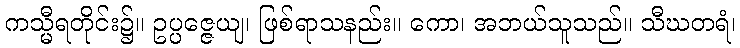
ကသ္မီရတိုင်း၌။ ဥပ္ပဇ္ဇေယျ၊ ဖြစ်ရာသနည်း။ ကော၊ အဘယ်သူသည်။ သီဃတရံ၊